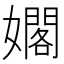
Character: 𪦫